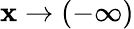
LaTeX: \mathbf{x}\to(-\infty)